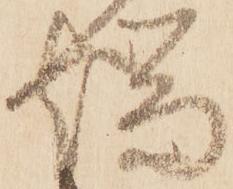
端